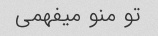
تو منو میفهمی